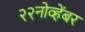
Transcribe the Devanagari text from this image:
२२नोव्हेंबर